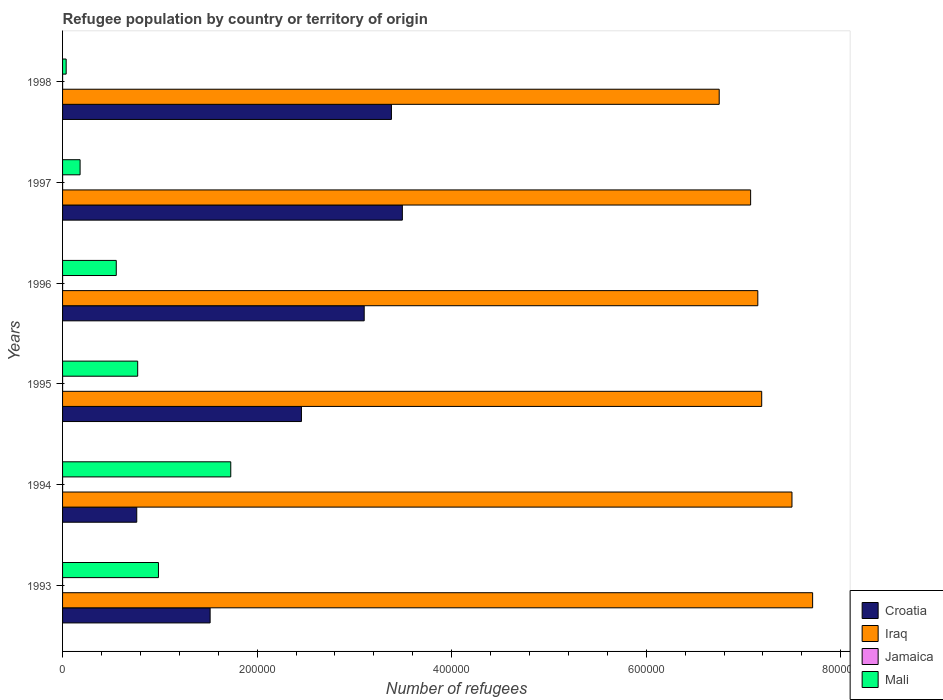
| Years | Croatia | Iraq | Jamaica | Mali |
 | --- | --- | --- | --- | --- |
 | 1993 | 1.52e+05 | 7.71e+05 | 3 | 9.86e+04 |
 | 1994 | 7.63e+04 | 7.5e+05 | 7 | 1.73e+05 |
 | 1995 | 2.46e+05 | 7.19e+05 | 10 | 7.72e+04 |
 | 1996 | 3.1e+05 | 7.15e+05 | 18 | 5.52e+04 |
 | 1997 | 3.49e+05 | 7.07e+05 | 21 | 1.8e+04 |
 | 1998 | 3.38e+05 | 6.75e+05 | 27 | 3.7e+03 |